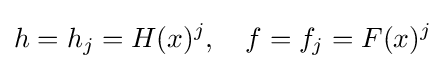
h=h_{j}=H(x)^{j},\ \ \ f=f_{j}=F(x)^{j}